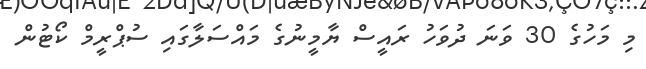
މި މަހުގެ 30 ވަނަ ދުވަހު ރައީސް ޔާމީނުގެ މައްސަލާގައި ސުޕްރީމް ކޯޓުން